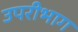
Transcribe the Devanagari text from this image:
उपरीभाग